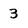
Character: 3